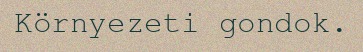
Környezeti gondok.